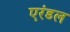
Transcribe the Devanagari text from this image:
एरंडल